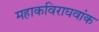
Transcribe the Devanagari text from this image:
महाकविराघवांक